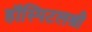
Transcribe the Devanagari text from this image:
हॉस्पिटलश्री